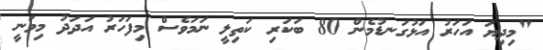
"މިދިޔަ އަހަރު އަޅުގަނޑުމެން 80 ބަކަރި ކަތިލީ ނަމަވެސް މިފަހަރު އަދަދު މިވަނީ